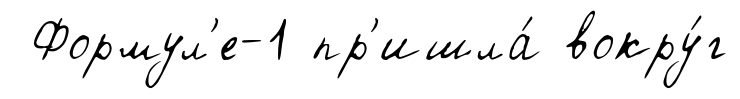
Формул'е-1 пр'ишла́ вокру́г